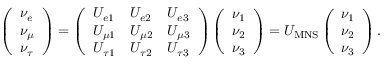
\left( \begin{array} { l } { { \nu _ { e } } } \\ { { \nu _ { \mu } } } \\ { { \nu _ { \tau } } } \end{array} \right) = \left( \begin{array} { l l l } { { U _ { e 1 } } } & { { U _ { e 2 } } } & { { U _ { e 3 } } } \\ { { U _ { \mu 1 } } } & { { U _ { \mu 2 } } } & { { U _ { \mu 3 } } } \\ { { U _ { \tau 1 } } } & { { U _ { \tau 2 } } } & { { U _ { \tau 3 } } } \end{array} \right) \left( \begin{array} { l } { { \nu _ { 1 } } } \\ { { \nu _ { 2 } } } \\ { { \nu _ { 3 } } } \end{array} \right) = U _ { \mathrm { M N S } } \left( \begin{array} { l } { { \nu _ { 1 } } } \\ { { \nu _ { 2 } } } \\ { { \nu _ { 3 } } } \end{array} \right) .